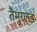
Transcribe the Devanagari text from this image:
तैमुरलङ